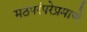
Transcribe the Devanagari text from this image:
मठपरंपरेप्रमाणे